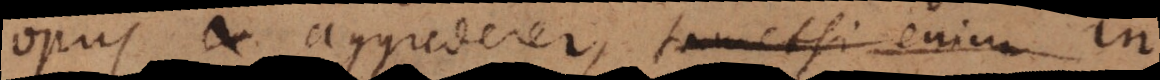
opus aggrederer, tametsi enim in